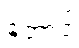
တောင့်